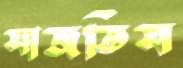
সাজতিস